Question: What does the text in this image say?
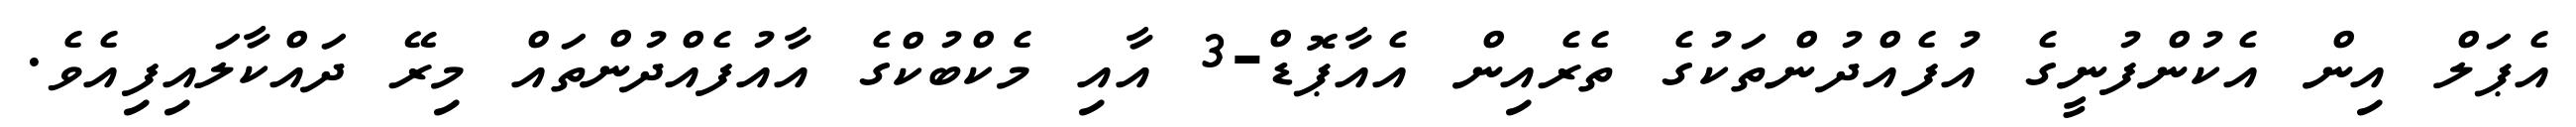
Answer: އެޕަލް އިން އެކުންފުނީގެ އުފެއްދުންތަކުގެ ތެރެއިން އެއާޕޮޑް-3 އާއި މެކްބުކްގެ އާއުފެއްދުންތައް މިރޭ ދައްކާލައިފިއެވެ.